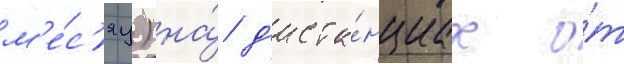
м'е́с'яц) на́ д'иста́нциах о́т